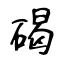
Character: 碣